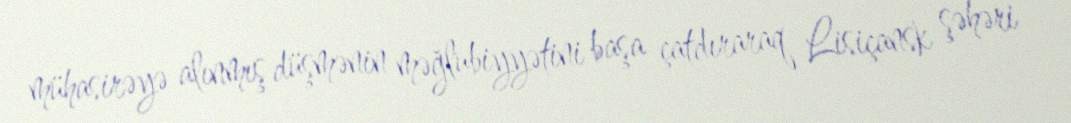
mühasirəyə alınmış düşmənin məğlubiyyətini başa çatdıraraq Lisiçansk şəhəri